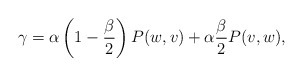
\begin{align*}\gamma = \alpha\left(1-\frac{\beta}{2}\right)P(w,v)+\alpha\frac{\beta}{2}P(v,w),\end{align*}